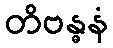
တိဗန္ဓနံ